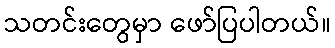
သတင်းတွေမှာ ဖော်ပြပါတယ်။